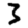
Digit: 3